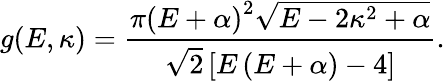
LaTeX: g(E,\kappa)=\frac{{\pi{{\left({E+\alpha}\right)}^{2}}\sqrt{E-2{\kappa^{2}}+\alpha}}}{{\sqrt 2\left[{E\left({E+\alpha}\right)-4}\right]}}.